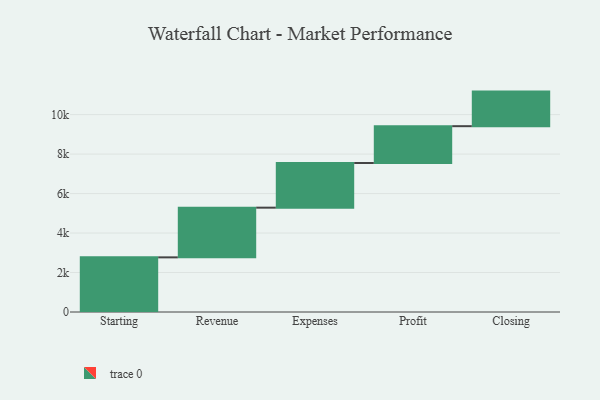
{"axis": {"x": "Step", "y": "Value"}, "legend": [""], "data": [{"x": "Starting", "y": 2768.0, "type": ""}, {"x": "Revenue", "y": 2518.0, "type": ""}, {"x": "Expenses", "y": 2262.0, "type": ""}, {"x": "Profit", "y": 1866.0, "type": ""}, {"x": "Closing", "y": 1752.0, "type": ""}]}